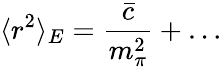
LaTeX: \langle r^{2}\rangle_{E}=\frac{\bar{c}}{m_{\pi}^{2}}+\dots